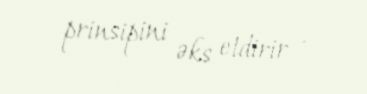
prinsipini əks etdirir .